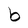
Character: b